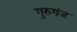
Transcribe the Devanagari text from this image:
गुरुगंज